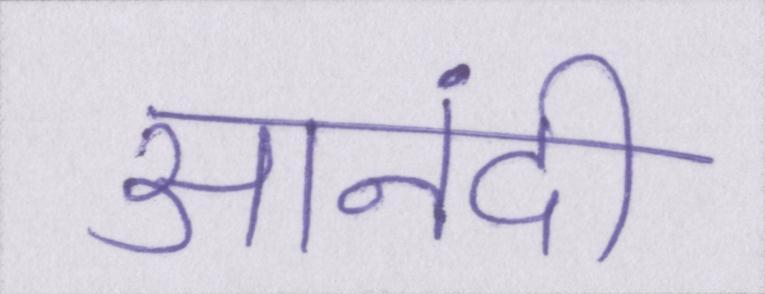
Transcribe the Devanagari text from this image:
आनंदी